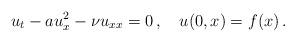
LaTeX: \begin{align*} u_t-au_x^2-{\nu}{u}_{xx}=0\,, \quad u(0,x)=f(x) \,.\end{align*}